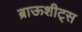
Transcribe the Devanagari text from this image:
ब्राऊशीट्स